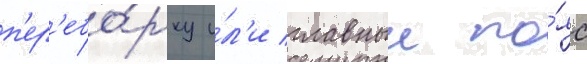
п'ер'ебо́рку и́л'и главныи по́яс